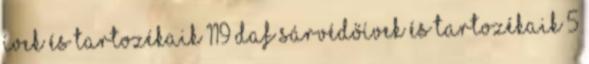
ívek és tartozékaik 119 Daf sárvédőívek és tartozékaik 5